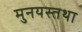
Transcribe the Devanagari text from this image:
मुनयस्तथा